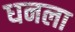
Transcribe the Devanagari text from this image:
ध्‍ानला